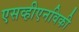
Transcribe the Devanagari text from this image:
एसव्हीएनविकी